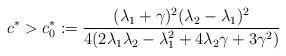
LaTeX: \begin{align*}c^*>c_0^*:=\frac{(\lambda_1+\gamma)^2(\lambda_2-\lambda_1)^2}{4(2\lambda_1\lambda_2-\lambda_1^2+4\lambda_2\gamma+3\gamma^2)}\end{align*}